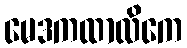
မေဒကထာလိကေ